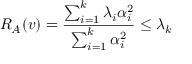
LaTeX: R _ { A } ( v ) = { \frac { \sum _ { i = 1 } ^ { k } \lambda _ { i } \alpha _ { i } ^ { 2 } } { \sum _ { i = 1 } ^ { k } \alpha _ { i } ^ { 2 } } } \leq \lambda _ { k }